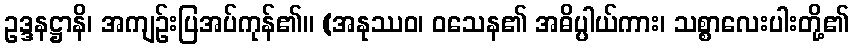
ဥဒ္ဒနဋ္ဌာနိ၊ အကျဉ်းပြအပ်ကုန်၏။ (အနုဿဝ၊ ဝသေန၏ အဓိပ္ပါယ်ကား၊ သစ္စာလေးပါးတို့၏